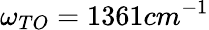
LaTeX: \omega_{TO}=1361cm^{-1}